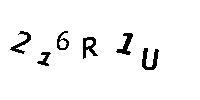
216R1U